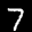
Label: 7